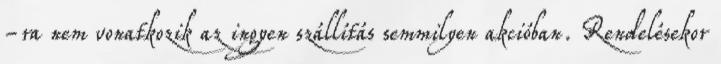
-ra nem vonatkozik az ingyen szállítás semmilyen akcióban. Rendelésekor